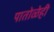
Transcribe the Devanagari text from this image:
पातोळेही